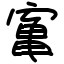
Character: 𫝰